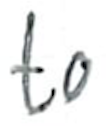
Text: to
Cross-out: clean
Writing tool: ballpoint